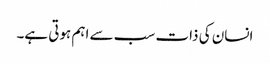
انسان کی ذات سب سے اہم ہوتی ہے۔